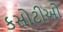
કસોટીઓ